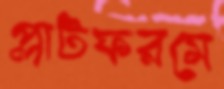
প্লাটফরমে